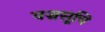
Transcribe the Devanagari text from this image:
वज्रसूचि